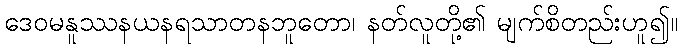
ဒေဝမနူဿနယနရသာတနဘူတော၊ နတ်လူတို့၏ မျက်စိတည်းဟူ၍။